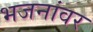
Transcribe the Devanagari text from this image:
भजनांवर